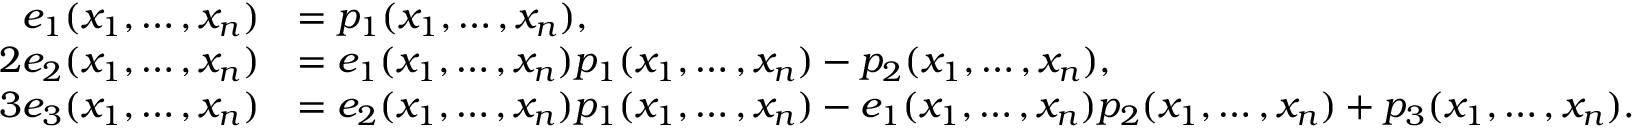
{ \begin{array} { r l } { e _ { 1 } ( x _ { 1 } , \ldots , x _ { n } ) } & { = p _ { 1 } ( x _ { 1 } , \ldots , x _ { n } ) , } \\ { 2 e _ { 2 } ( x _ { 1 } , \ldots , x _ { n } ) } & { = e _ { 1 } ( x _ { 1 } , \ldots , x _ { n } ) p _ { 1 } ( x _ { 1 } , \ldots , x _ { n } ) - p _ { 2 } ( x _ { 1 } , \ldots , x _ { n } ) , } \\ { 3 e _ { 3 } ( x _ { 1 } , \ldots , x _ { n } ) } & { = e _ { 2 } ( x _ { 1 } , \ldots , x _ { n } ) p _ { 1 } ( x _ { 1 } , \ldots , x _ { n } ) - e _ { 1 } ( x _ { 1 } , \ldots , x _ { n } ) p _ { 2 } ( x _ { 1 } , \ldots , x _ { n } ) + p _ { 3 } ( x _ { 1 } , \ldots , x _ { n } ) . } \end{array} }